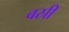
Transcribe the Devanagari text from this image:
बस्री